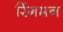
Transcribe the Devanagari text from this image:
रिंगमन